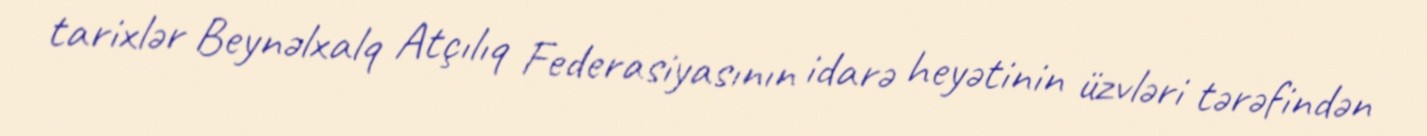
tarixlər Beynəlxalq Atçılıq Federasiyasının idarə heyətinin üzvləri tərəfindən